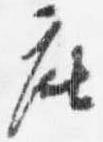
座